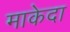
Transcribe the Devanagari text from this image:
माकेदा